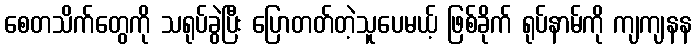
စေတသိက်တွေကို သရုပ်ခွဲပြီး ပြောတတ်တဲ့သူပေမယ့် ဖြစ်ခိုက် ရုပ်နာမ်ကို ကျကျနန